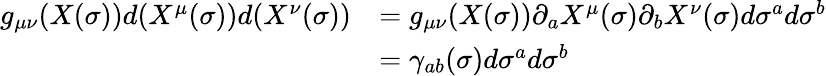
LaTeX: \begin{array}{rl}{g_{\mu\nu}(X(\sigma))d(X^{\mu}(\sigma))d(X^{\nu}(\sigma))}&{=g_{\mu\nu}(X(\sigma))\partial_{a}X^{\mu}(\sigma)\partial_{b}X^{\nu}(\sigma)d\sigma^{a}d\sigma^{b}}\\ &{=\gamma_{ab}(\sigma)d\sigma^{a}d\sigma^{b}}\end{array}